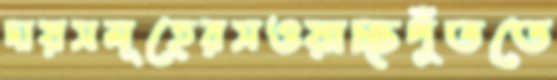
দায়সমূহেরসওয়াচ্ছপুঁততে